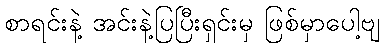
စာရင်းနဲ့ အင်းနဲ့ပြပြီးရှင်းမှ ဖြစ်မှာပေါ့ဗျ